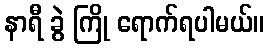
နာရီ ခွဲ ကြို ရောက်ရပါမယ်။